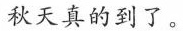
秋天真的到了。